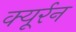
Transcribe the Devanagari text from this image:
क्यूर्रन